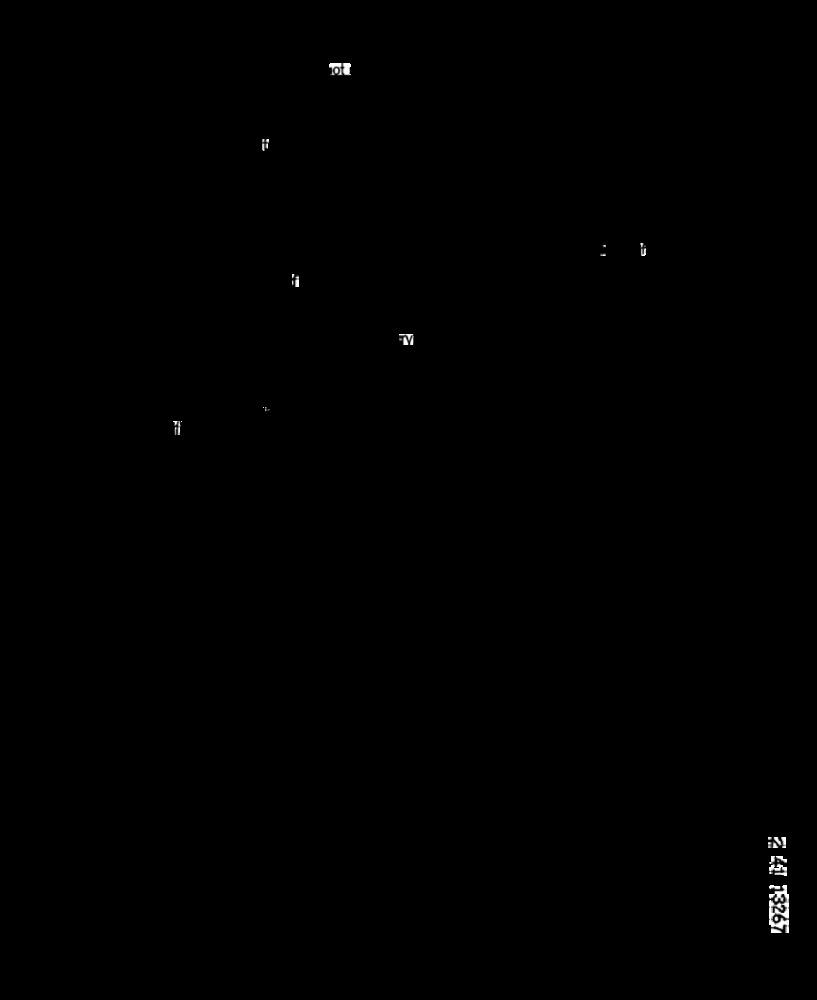
2 2! 13267